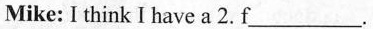
Mike: I think I have a 2. f___.